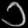
Digit: ၁